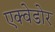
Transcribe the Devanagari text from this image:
एक्वेडोर